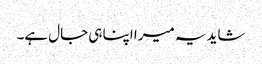
شاید یہ میرا اپنا ہی جال ہے۔